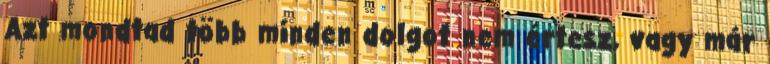
Azt mondtad több minden dolgot nem értesz, vagy már